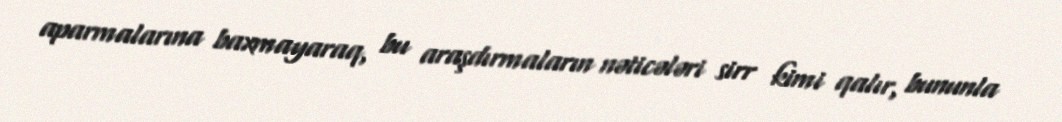
aparmalarına baxmayaraq, bu araşdırmaların nəticələri sirr kimi qalır, bununla